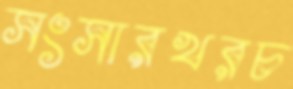
সংসারখরচ